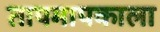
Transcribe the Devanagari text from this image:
तापमापकाला